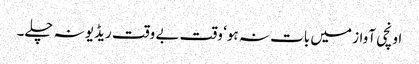
اونچی آواز میں بات نہ ہو‘ وقت بے وقت ریڈیو نہ چلے۔